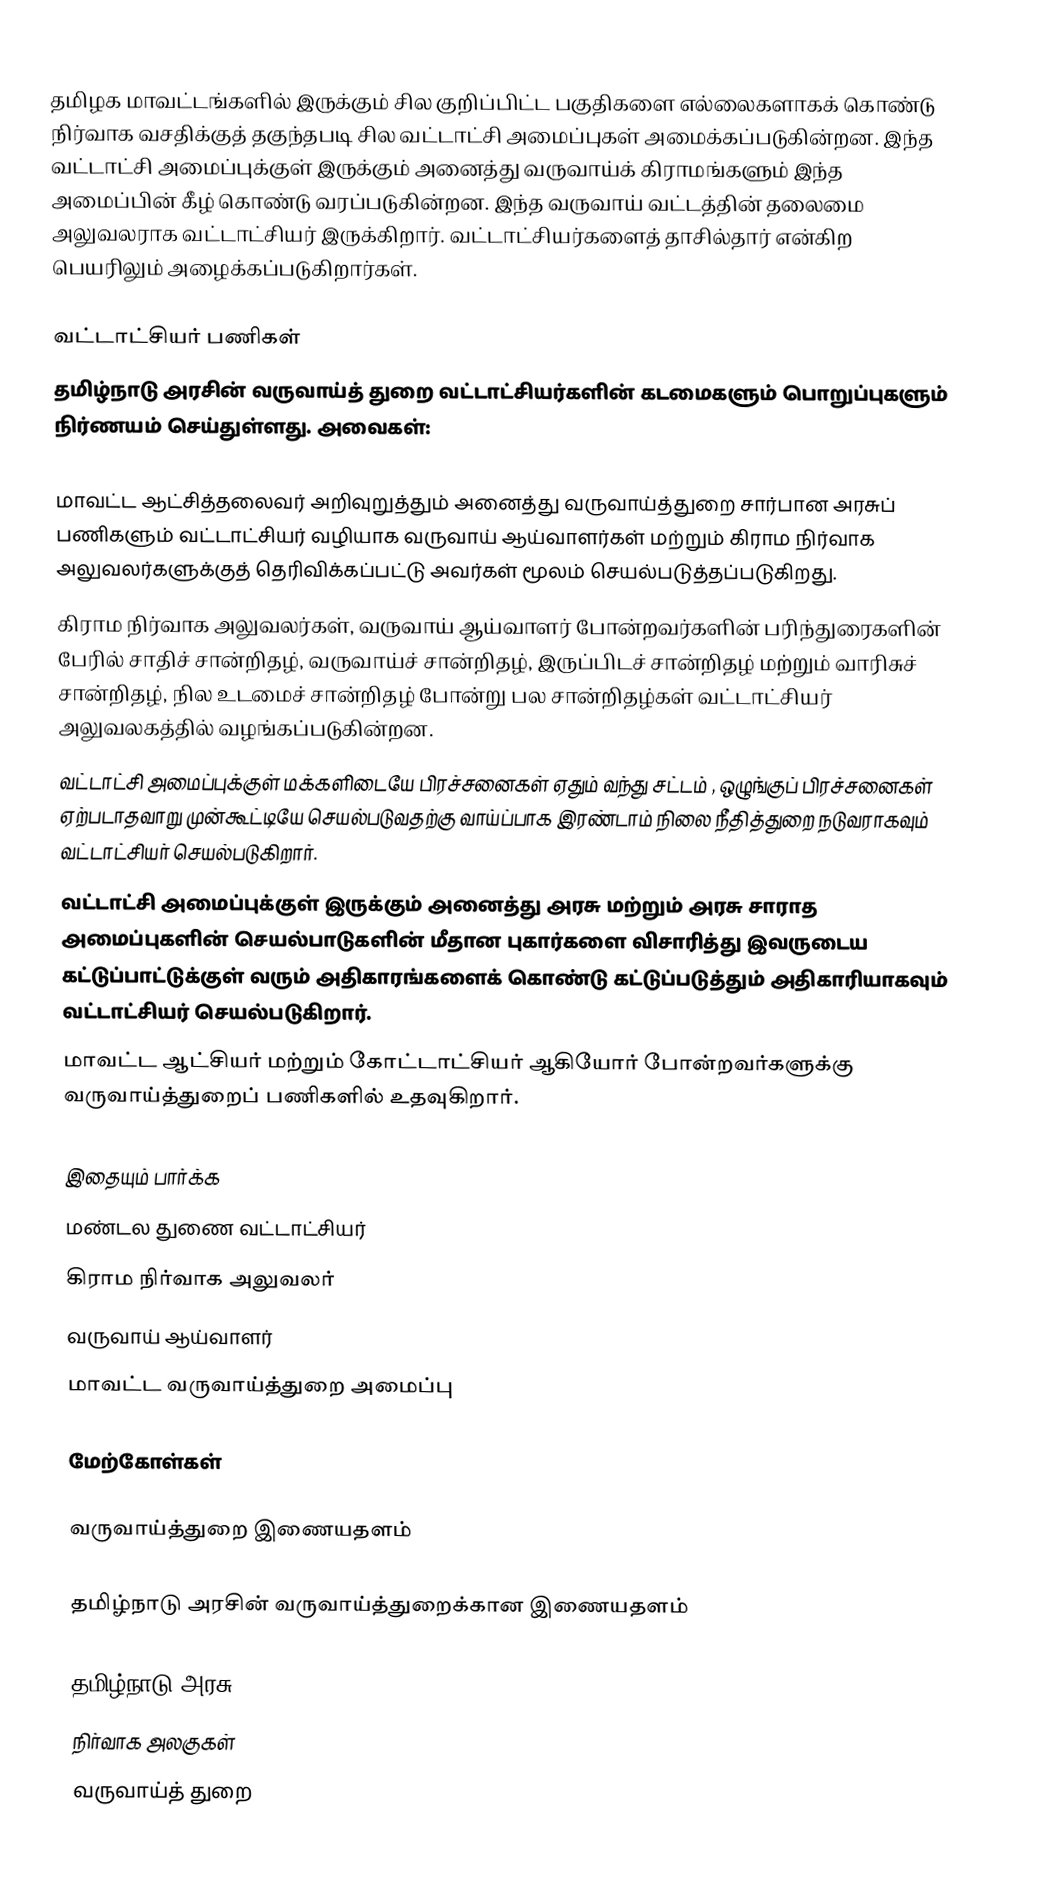
தமிழக மாவட்டங்களில் இருக்கும் சில குறிப்பிட்ட பகுதிகளை எல்லைகளாகக் கொண்டு நிர்வாக வசதிக்குத் தகுந்தபடி சில வட்டாட்சி அமைப்புகள் அமைக்கப்படுகின்றன. இந்த வட்டாட்சி அமைப்புக்குள் இருக்கும் அனைத்து வருவாய்க் கிராமங்களும் இந்த அமைப்பின் கீழ் கொண்டு வரப்படுகின்றன. இந்த வருவாய் வட்டத்தின் தலைமை அலுவலராக வட்டாட்சியர் இருக்கிறார். வட்டாட்சியர்களைத் தாசில்தார் என்கிற பெயரிலும் அழைக்கப்படுகிறார்கள்.

வட்டாட்சியர் பணிகள்
தமிழ்நாடு அரசின் வருவாய்த் துறை வட்டாட்சியர்களின் கடமைகளும் பொறுப்புகளும் நிர்ணயம் செய்துள்ளது. அவைகள்:

 மாவட்ட ஆட்சித்தலைவர் அறிவுறுத்தும் அனைத்து வருவாய்த்துறை சார்பான அரசுப் பணிகளும் வட்டாட்சியர் வழியாக வருவாய் ஆய்வாளர்கள் மற்றும் கிராம நிர்வாக அலுவலர்களுக்குத் தெரிவிக்கப்பட்டு அவர்கள் மூலம் செயல்படுத்தப்படுகிறது.
 கிராம நிர்வாக அலுவலர்கள், வருவாய் ஆய்வாளர் போன்றவர்களின் பரிந்துரைகளின் பேரில் சாதிச் சான்றிதழ், வருவாய்ச் சான்றிதழ், இருப்பிடச் சான்றிதழ் மற்றும் வாரிசுச் சான்றிதழ், நில உடமைச் சான்றிதழ் போன்று பல சான்றிதழ்கள் வட்டாட்சியர் அலுவலகத்தில் வழங்கப்படுகின்றன.
 வட்டாட்சி அமைப்புக்குள் மக்களிடையே பிரச்சனைகள் ஏதும் வந்து சட்டம் , ஒழுங்குப் பிரச்சனைகள் ஏற்படாதவாறு முன்கூட்டியே செயல்படுவதற்கு வாய்ப்பாக இரண்டாம் நிலை நீதித்துறை நடுவராகவும் வட்டாட்சியர் செயல்படுகிறார்.
 வட்டாட்சி அமைப்புக்குள் இருக்கும் அனைத்து அரசு மற்றும் அரசு சாராத அமைப்புகளின் செயல்பாடுகளின் மீதான புகார்களை விசாரித்து இவருடைய கட்டுப்பாட்டுக்குள் வரும் அதிகாரங்களைக் கொண்டு கட்டுப்படுத்தும் அதிகாரியாகவும் வட்டாட்சியர் செயல்படுகிறார்.
 மாவட்ட ஆட்சியர் மற்றும் கோட்டாட்சியர் ஆகியோர் போன்றவர்களுக்கு வருவாய்த்துறைப் பணிகளில் உதவுகிறார்.

இதையும் பார்க்க
 மண்டல துணை வட்டாட்சியர்
 கிராம நிர்வாக அலுவலர்
 வருவாய் ஆய்வாளர்
 மாவட்ட வருவாய்த்துறை அமைப்பு

மேற்கோள்கள்

வருவாய்த்துறை இணையதளம்

 தமிழ்நாடு அரசின் வருவாய்த்துறைக்கான இணையதளம்

தமிழ்நாடு அரசு
நிர்வாக அலகுகள்
வருவாய்த் துறை